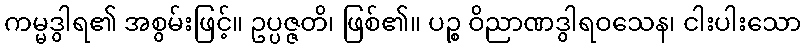
ကမ္မဒွါရ၏ အစွမ်းဖြင့်။ ဥပ္ပဇ္ဇတိ၊ ဖြစ်၏။ ပဉ္စ ဝိညာဏဒွါရဝသေန၊ ငါးပါးသော